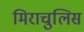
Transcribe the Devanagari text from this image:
मिराचुलिस